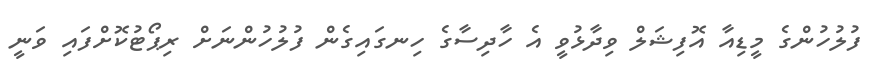
ފުލުހުންގެ މީޑިއާ އޮފިޝަލް ވިދާޅުވީ އެ ހާދިސާގެ ހިނގައިގެން ފުލުހުންނަށް ރިޕޯޓުކޮށްފައި ވަނީ